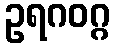
ဥရဂဝဂ္ဂ